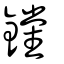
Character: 钂